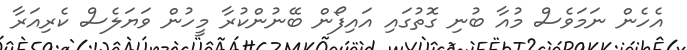
އެހެން ނަމަވެސް މުއާ ބުނި ގޮތުގައި އައިފޯން ބޭނުންކުރާ މީހުން ވަޔަލެސް ކެރިއަރާ